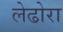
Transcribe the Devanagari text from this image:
लेढोरा